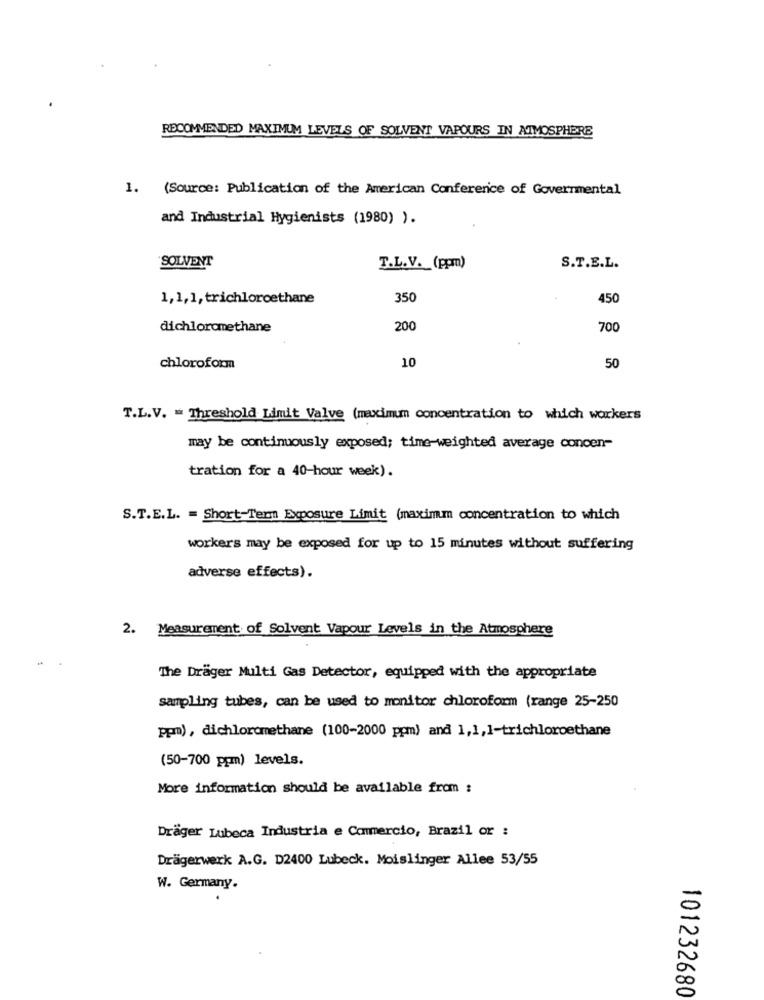
RECOMMENDED MAXIMUM LEVELS OF SOLVENT VAPOURS IN ATMOSPHERE
1. (Source: Publication of the American Conference of Governmental
and Industrial Hygienists (1980) ).
SOLVENT
T.L.V. (ppm)
S.T.E.L.
1,1,1, trichlorothane
350
450
dichloromethane
200
700
10
chloroform
50
T.L.V. = Threshold Limit Valve (maximum concentration to which workers
may be continuously exposed; time-weighted average concen-
tration for a 40-hour week).
S.T.E.L. = Short-Term Exposure Limit (maximum concentration to which
workers may be exposed for up to 15 minutes without suffering
adverse effects).
2. Measurement of Solvent Vapour Levels in the Atmosphere
The Drager Multi Gas Detector, equipped with the appropriate
sampling tubes, can be used to monitor chloroform (range 25-250
ppm), dichloromethane (100-2000 ppm) and 1,1,1-trichloroethane
(50-700 ppm) levels.
More information should be available from :
Dräger Lubeca Industria e Commercio, Brazil or :
Drägerwerk A.G. D2400 Lubeck. Moislinger Allee 53/55
W. Germany.
101232680